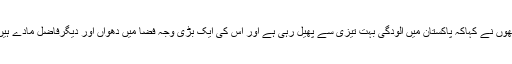
انھوں نے کہاکہ پاکستان میں آلودگی بہت تیزی سے پھیل رہی ہے اور اس کی ایک بڑی وجہ فضا میں دھواں اور دیگرفاضل مادے ہیں۔